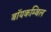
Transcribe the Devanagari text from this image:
बॉयकम्बिल